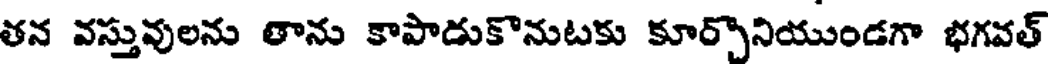
తన వస్తువులను తాను కాపాడుకొనుటకు కూర్చొనియుండగా భగవత్